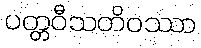
ပတ္တဝီသတိဝဿာ